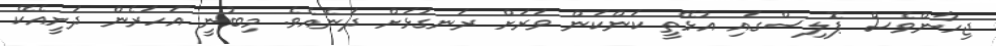
ޖިހާންވެސް ޕޮލިސްގައި އުޅޭތީ ކަންކަން ވަރަށް ރަނގަޅަށް ދަނެއެވެ. މިބުނީ އަހަރެން ދަށީއެކޭ